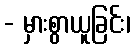
- မှားစွာယူခြင်း၊